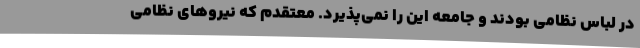
در لباس نظامی بودند و جامعه این را نمی‌پذیرد. معتقدم که نیرو‌های نظامی